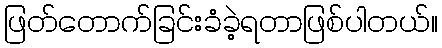
ဖြတ်တောက်ခြင်းခံခဲ့ရတာဖြစ်ပါတယ်။